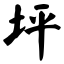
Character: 坪